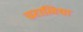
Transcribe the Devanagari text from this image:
चटालिया